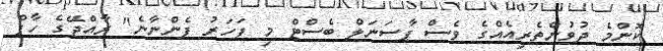
ކޮންމެ ދުވުންތެރިއެއްގެ ވެސް ޕާސަނަލް ބެސްޓް މި ފަހަރު ފެންނާނެ" ރާއްޖޭގެ ހާފް